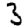
Digit: 3